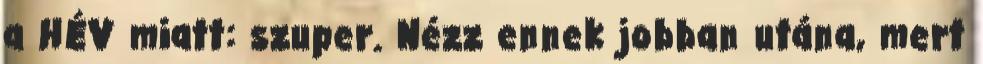
a HÉV miatt: szuper. Nézz ennek jobban utána, mert